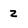
Character: z